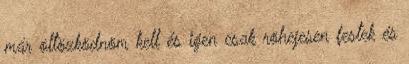
már öltözködnöm kell és igen csak röhejesen festek és